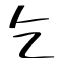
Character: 乞